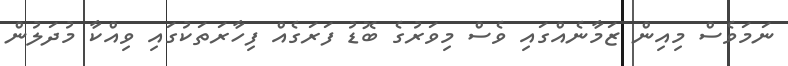
ނަމަވެސް މިއިން ޒަމާނެއްގައި ވެސް މިވަރުގެ ބޮޑު ފަރަގެއް ފިހާރަތަކުގައި ވިއްކާ މުދަލުން